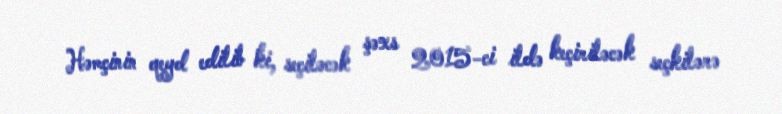
Həmçinin qeyd edilib ki, seçiləcək şəxs 2015-ci ildə keçiriləcək seçkilərə